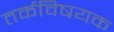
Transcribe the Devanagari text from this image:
तर्कविषयक